Report on the cultivation of protesoma, Labbé, in grey mosquitoes
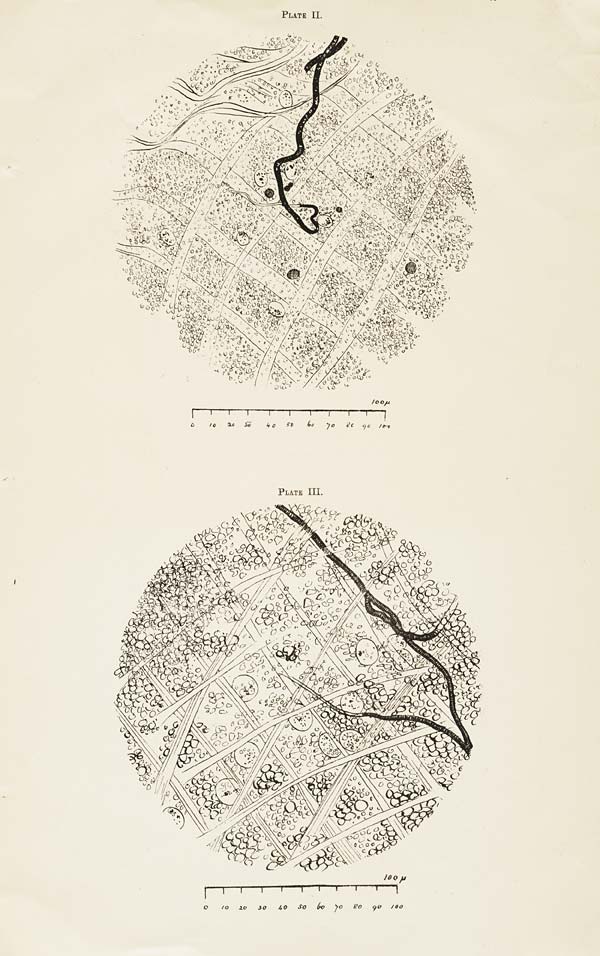
39
PLATE II.
PLATE III.